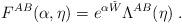
LaTeX: \begin{align*}F^{AB}(\alpha,\eta)=e^{\alpha\check{W}}\Lambda^{AB}(\eta)\;.\end{align*}